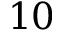
1 0